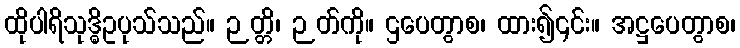
ထိုပါရိသုဒ္ဓိဥပုသ်သည်။ ဉတ္တိ၊ ဉတ်ကို။ ဌပေတွာစ၊ ထား၍၎င်း။ အဋ္ဌပေတွာစ၊